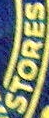
STORES